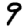
Digit: 9